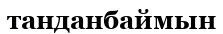
танданбаймын